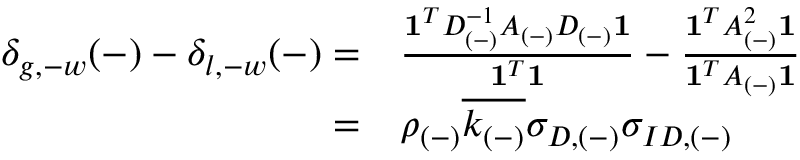
\begin{array} { r l } { \delta _ { g , - w } ( - ) - \delta _ { l , - w } ( - ) = } & { \frac { \mathbf { 1 } ^ { T } D _ { ( - ) } ^ { - 1 } A _ { ( - ) } D _ { ( - ) } \mathbf { 1 } } { \mathbf { 1 } ^ { T } \mathbf { 1 } } - \frac { \mathbf { 1 } ^ { T } A _ { ( - ) } ^ { 2 } \mathbf { 1 } } { \mathbf { 1 } ^ { T } A _ { ( - ) } \mathbf { 1 } } } \\ { = } & { \rho _ { ( - ) } \overline { { k _ { ( - ) } } } \sigma _ { D , ( - ) } \sigma _ { I D , ( - ) } \, } \end{array}